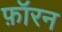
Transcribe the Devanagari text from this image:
फ़ॉरन